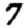
Digit: 7